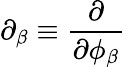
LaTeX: \partial_{\beta}\equiv\frac{\partial}{\partial\phi_{\beta}}